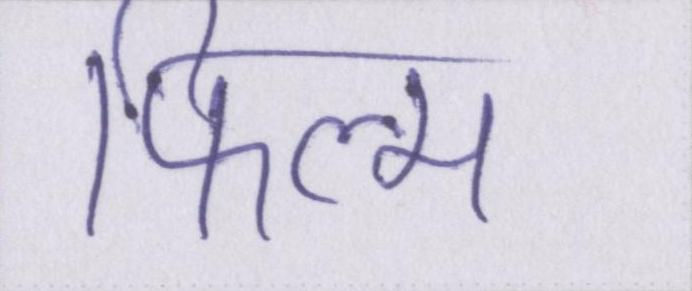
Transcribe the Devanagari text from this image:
फिल्म